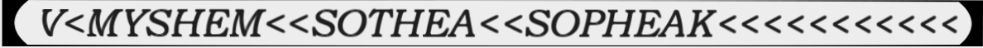
V<MYSHEM<<SOTHEA<<SOPHEAK<<<<<<<<<<<